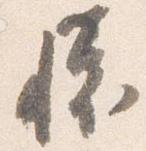
懐